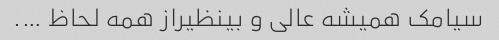
سیامک همیشه عالی و بینظیراز همه لحاظ ….